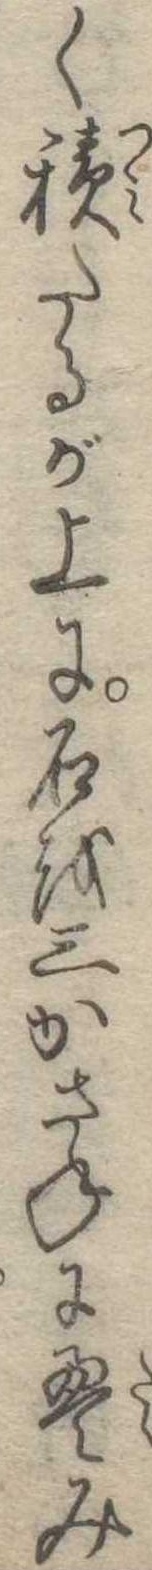
く積たるが上に石を三かさねに畳み